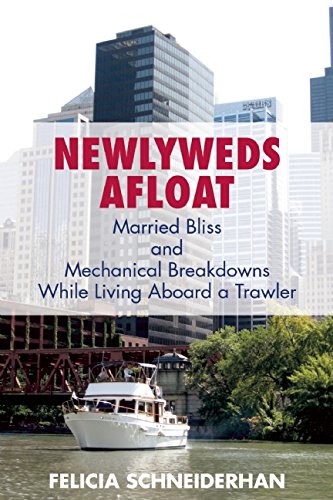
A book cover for Newlyweds Afloat: Married Bliss and Mechanical Breakdowns While Living Aboard a Trawler; Felicia Schneiderhan; Sports & Outdoors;